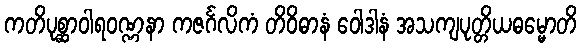
ကတိပုစ္ဆာဝါရဝဏ္ဏနာ ကဇင်္ဂလိကံ တိဝိဓာနံ ဝေါဒါနံ အသကျပုတ္တိယဓမ္မောတိ